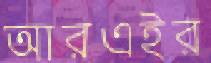
আরএইর